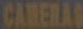
CAMERAS